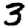
Digit: 3